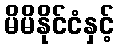
မိမိနိုင်ငံနှင့်